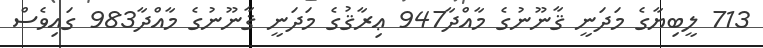
713 ލީބިޔާގެ މަދަނީ ޤާނޫނުގެ މާއްދާ947 ޢިރާޤުގެ މަދަނީ ޤާނޫނުގެ މާއްދާ983 ގައިވެސް